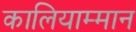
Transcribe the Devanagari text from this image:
कालियाम्मान